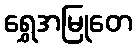
ရွှေအမြုတေ